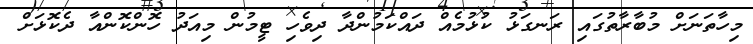
މިހާތަނަށް މުބާރާތުގައި ރަނގަޅު ކުޅުމެއް ދައްކަމުންދާ ދިވެހި ޓީމުން މިއަދު ހޮންކޮންއާ ދެކޮޅަށް